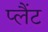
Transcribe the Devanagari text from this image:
प्लैंट